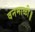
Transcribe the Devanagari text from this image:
वनमाळी॥